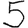
Digit: 5